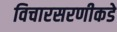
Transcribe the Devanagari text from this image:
विचारसरणीकडे